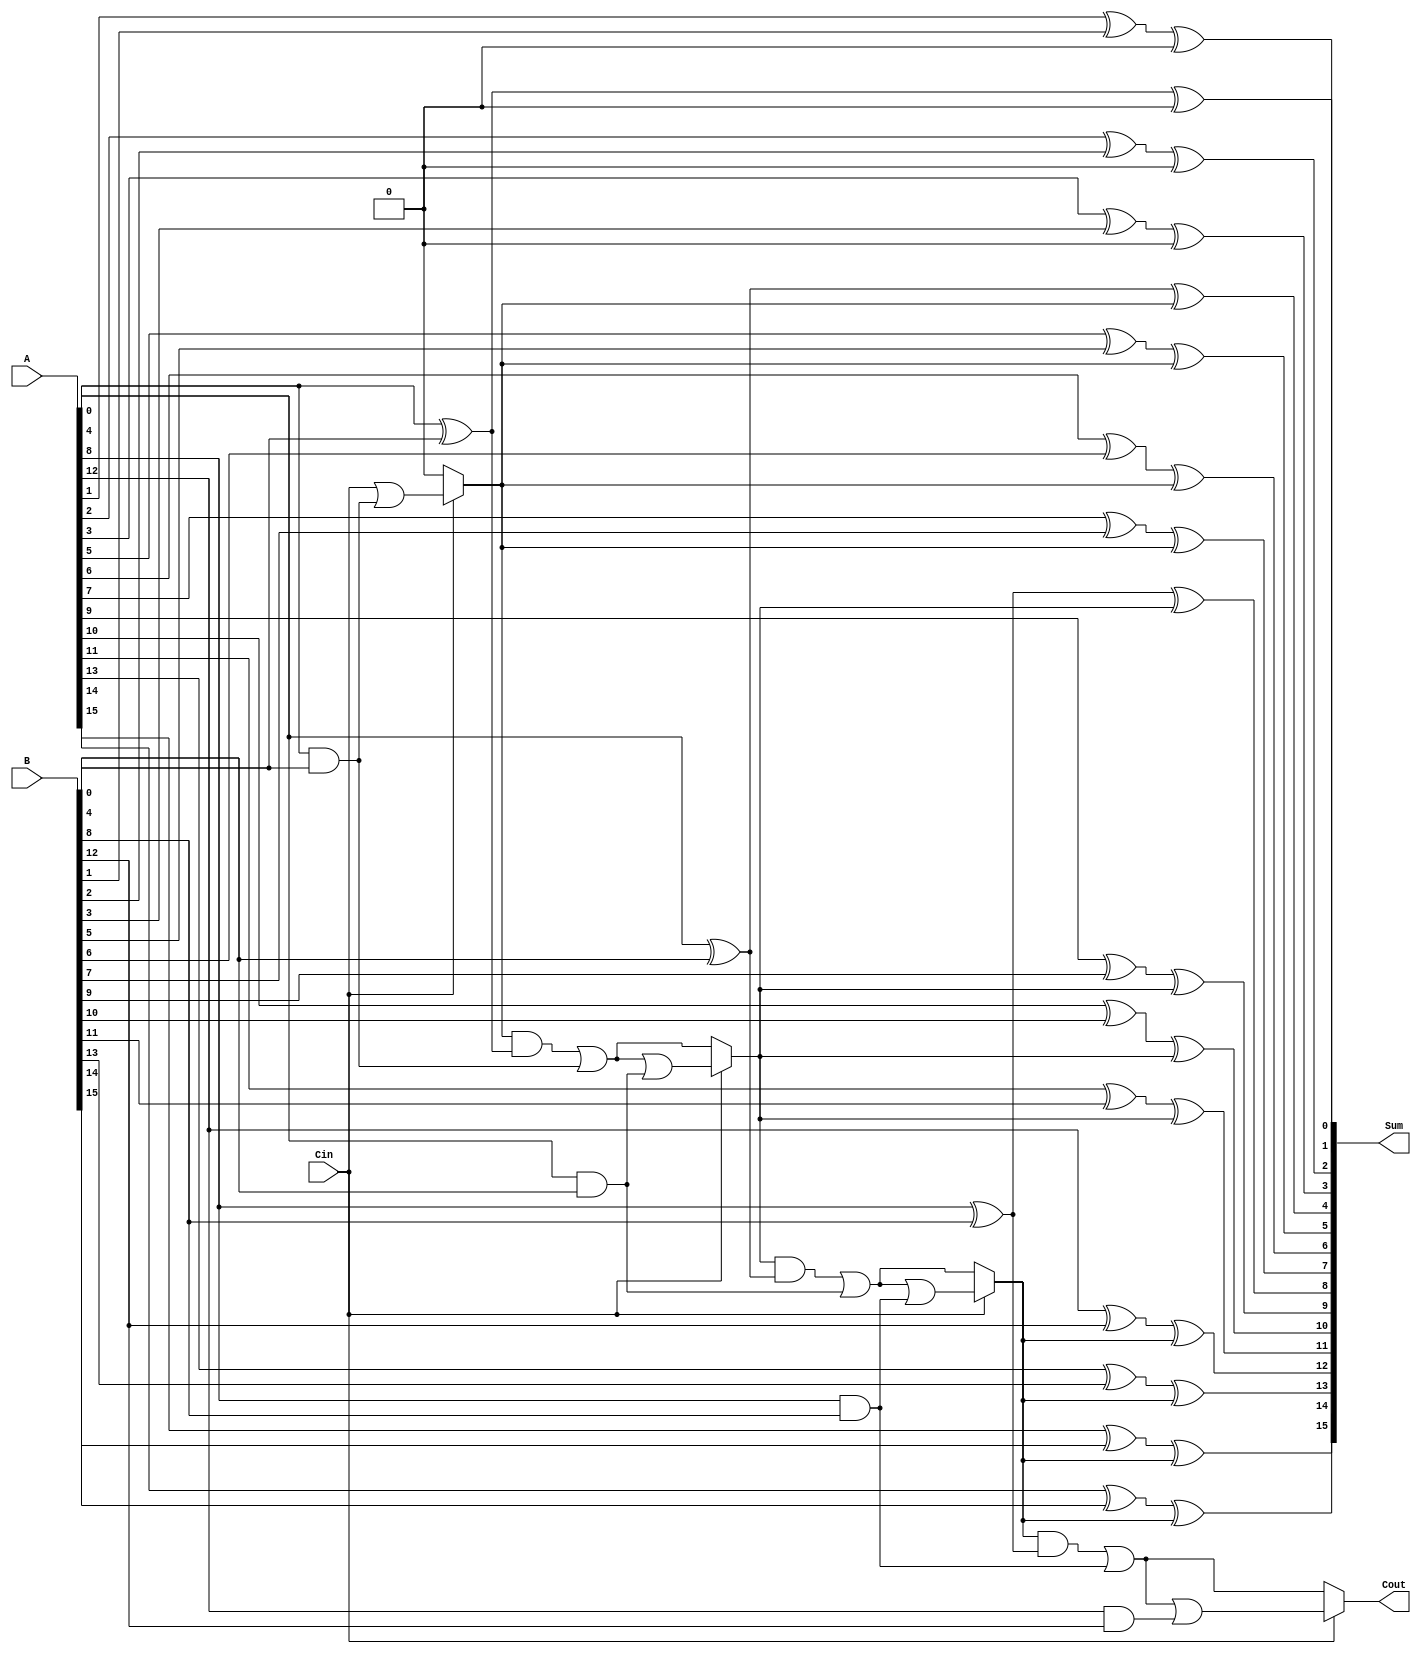
module CCSA #(parameter n = 16, parameter k = 4) (
    input  [n-1:0] A,
    input  [n-1:0] B,
    input          Cin,
    output [n-1:0] Sum,
    output         Cout
);
    localparam m = n / k; // number of segments

    // Generate and Propagate signals
    wire [m-1:0] G [k-1:0];
    wire [m-1:0] P [k-1:0];
    
    // Carry signals
    wire [m:0] C; // C[0] = Cin, C[1] to C[m] = carry outputs from segments

    // Generate and Propagate calculation
    genvar i, j;
    generate
        for (i = 0; i < m; i = i + 1) begin : gen_prop
            for (j = 0; j < k; j = j + 1) begin : segment
                assign G[i][j] = A[i*k+j] & B[i*k+j]; // Generate
                assign P[i][j] = A[i*k+j] ^ B[i*k+j]; // Propagate
            end
        end
    endgenerate

    // Carry calculation
    generate
        for (i = 0; i < m; i = i + 1) begin : carry_calc
            wire C0, C1;
            wire [k-1:0] G_temp, P_temp;
            assign G_temp = G[i];
            assign P_temp = P[i];
            
            // C0 = C[i] + G_temp
            assign C0 = (i == 0) ? Cin : (C[i] & P[i-1]) | G[i-1];
            assign C1 = C0 | G_temp;

            // Conditional Carry Selection Multiplexer
            assign C[i+1] = Cin ? C1 : C0;
        end
    endgenerate

    // Sum calculation
    generate
        for (i = 0; i < m; i = i + 1) begin : sum_calc
            for (j = 0; j < k; j = j + 1) begin : segment_sum
                assign Sum[i*k+j] = P[i][j] ^ C[i]; // Sum calculation
            end
        end
    endgenerate

    // Final carry out
    assign Cout = C[m];

endmodule